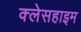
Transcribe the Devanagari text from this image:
क्लेसहाइम